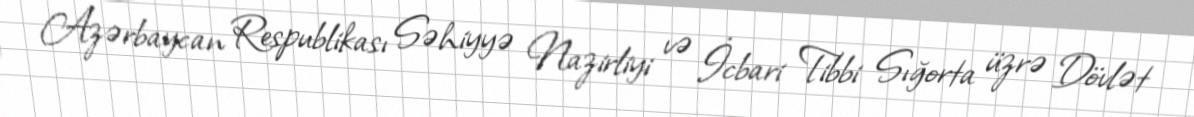
Azərbaycan Respublikası Səhiyyə Nazirliyi və İcbari Tibbi Sığorta üzrə Dövlət